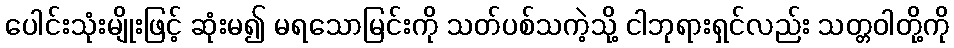
ပေါင်းသုံးမျိုးဖြင့် ဆုံးမ၍ မရသောမြင်းကို သတ်ပစ်သကဲ့သို့ ငါဘုရားရှင်လည်း သတ္တဝါတို့ကို